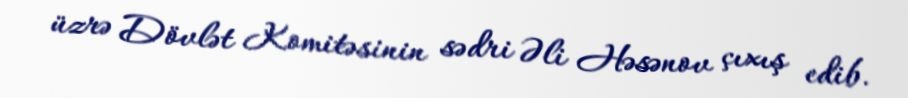
üzrə Dövlət Komitəsinin sədri Əli Həsənov çıxış edib.